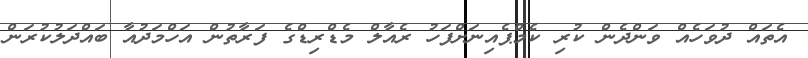
އެތައް ދުވަހެއް ވަންދެން ކުރި ކެމްޕެއިނަށްފަހު ރެއާލް މެޑްރިޑްގެ ފަރާތުން އަހްމަދުއާ ބައްދަލުކުރަން